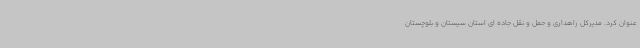
عنوان کرد. مدیرکل راهداری و حمل و نقل جاده ای استان سیستان و بلوچستان